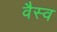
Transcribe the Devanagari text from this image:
वैस्‍व